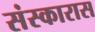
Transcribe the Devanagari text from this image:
संस्कारास